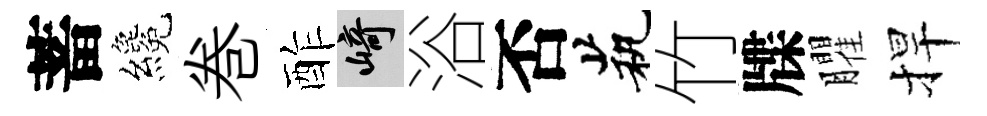
蓄纔巻酢崎浴否茕竹牒臞捍